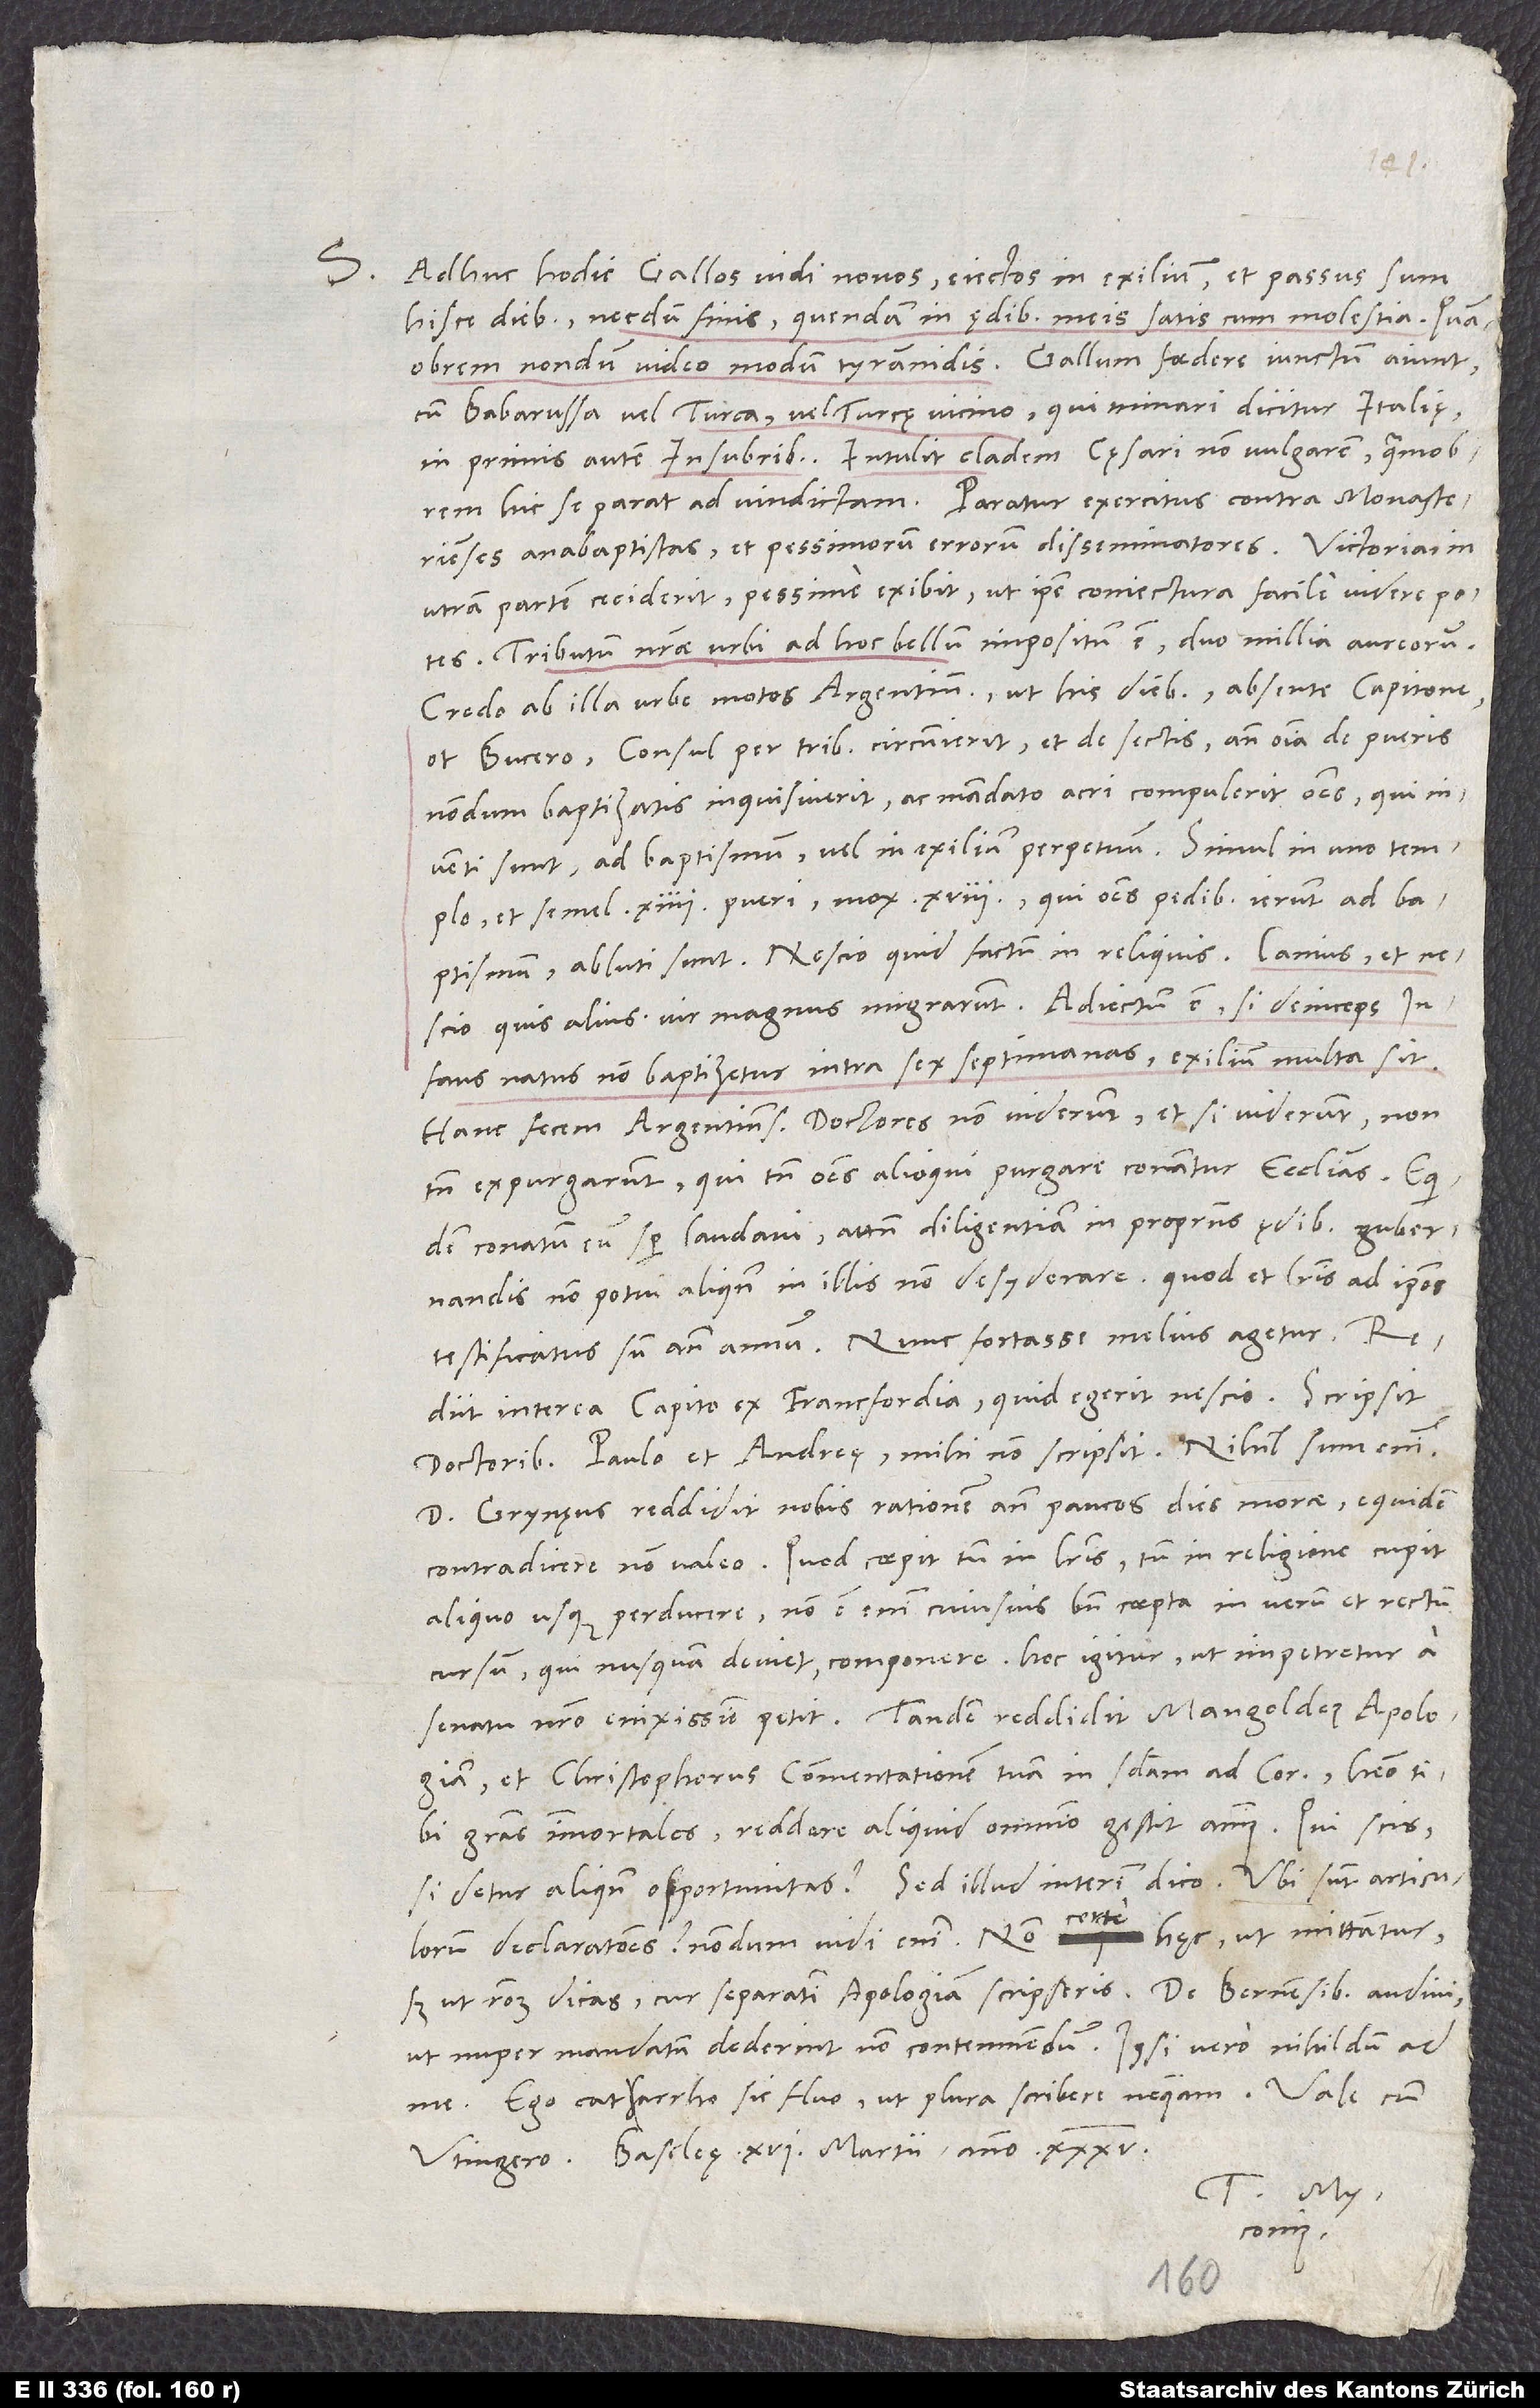
S.

Adhuc hodie Gallos vidi novos eiectos in exilium et passus sum
hisce diebus - necdum finis - quendam in ędibus meis satis cum molestia. Quamobrem
nondum video modum tyrannidis. Gallum foedere iunctum aiunt
cum Barbarussa vel Turca vel Turcę vicino, qui minari dicitur Italię,
in primis autem Insubribus. Intulit cladem cęsari non vulgarem, quamobrem
anabaptistas et pessimorum errorum disseminatores. Victoria in
utram partem ceciderit, pessime exibit, ut ipse coniectura facile videre potes.
Tributum nostrae urbi ad hoc bellum impositum est duo millia aureorum.
Credo ab illa urbe motos Argentinenses, ut his diebus absente Capitone
et Bucero consul per tribus circumierit et de sectis, ante omnia de pueris
nondum baptizatis, inquisiverit ac mandato acri compulerit omnes, qui
sunt, ad baptismum vel in exilium perpetuum. Simul in uno templo
et semel 14 pueri, mox 18, qui omnes pedibus ierunt ad baptismum,
abluti sunt. Nescio, quid factum in reliquis. Lanius et
nescio quis alius vir magnus migrarunt. Adiectum est, si deinceps
infans natus non baptizetur intra sex septimanas, exilium multa sit.
Hanc fecem Argentinenses doctores non viderunt, et si viderunt, non
tamen expurgarunt, qui tamen omnes alioqui purgare conantur ecclesias. Equidem
conatum eum semper laudavi, attamen diligentiam in propriis ędibus gubernandis
non potui aliquando in illis non desyderare, quod et literis ad ipsos
testificatus sum ante annum. Nunc fortasse melius agetur.
interea Capito ex Francfordia. Quid egerit, nescio. Scripsit
doctoribus Paulo et Andreae. Mihi non scripsit; nihil sum enim.
Grynęus reddidit nobis rationem ante paucos dies morae. Equidem
contradicere non valeo. Quod coepit tum in literis tum in religione, cupit
aliquo usque perducere. Non est enim cuiusvis bene coepta in verum et rectum
cursum, qui nusquam deviet, componere. Hoc igitur ut impetretur a
et Christophorus Commentationem tuam in secundam ad Corinthios. Habeo tibi
gratias immortales. Reddere aliquid omnino gestit animus. Qui scis,
si detur aliquando opportunitas? Sed illud interim dico: Ubi sunt articulorum
declarationes? Nondum vidi enim. Non certe hęc, ut mittantur,
ut nuper mandatum dederint non contemnendum. Ipsi vero nihildum ad
Ego catarrho sic fluo, ut plura scribere
16.